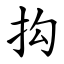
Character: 抅